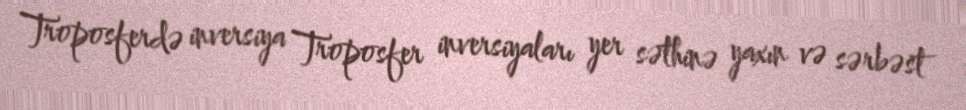
Troposferdə inversiya Troposfer inversiyaları yer səthinə yaxın və sərbəst